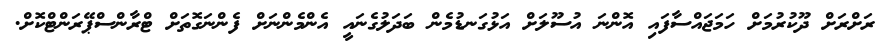
ރަށްރަށް ދޫކުރުމަށް ހަމަޖައްސާފައި އޮންނަ އުސޫލަށް އަޅުގަނޑުމެން ބަދަލުގެނައީ އެންމެންނަށް ފެންނަގޮތަށް ޓްރާންސްޕޭރަންޓްކޮށް.